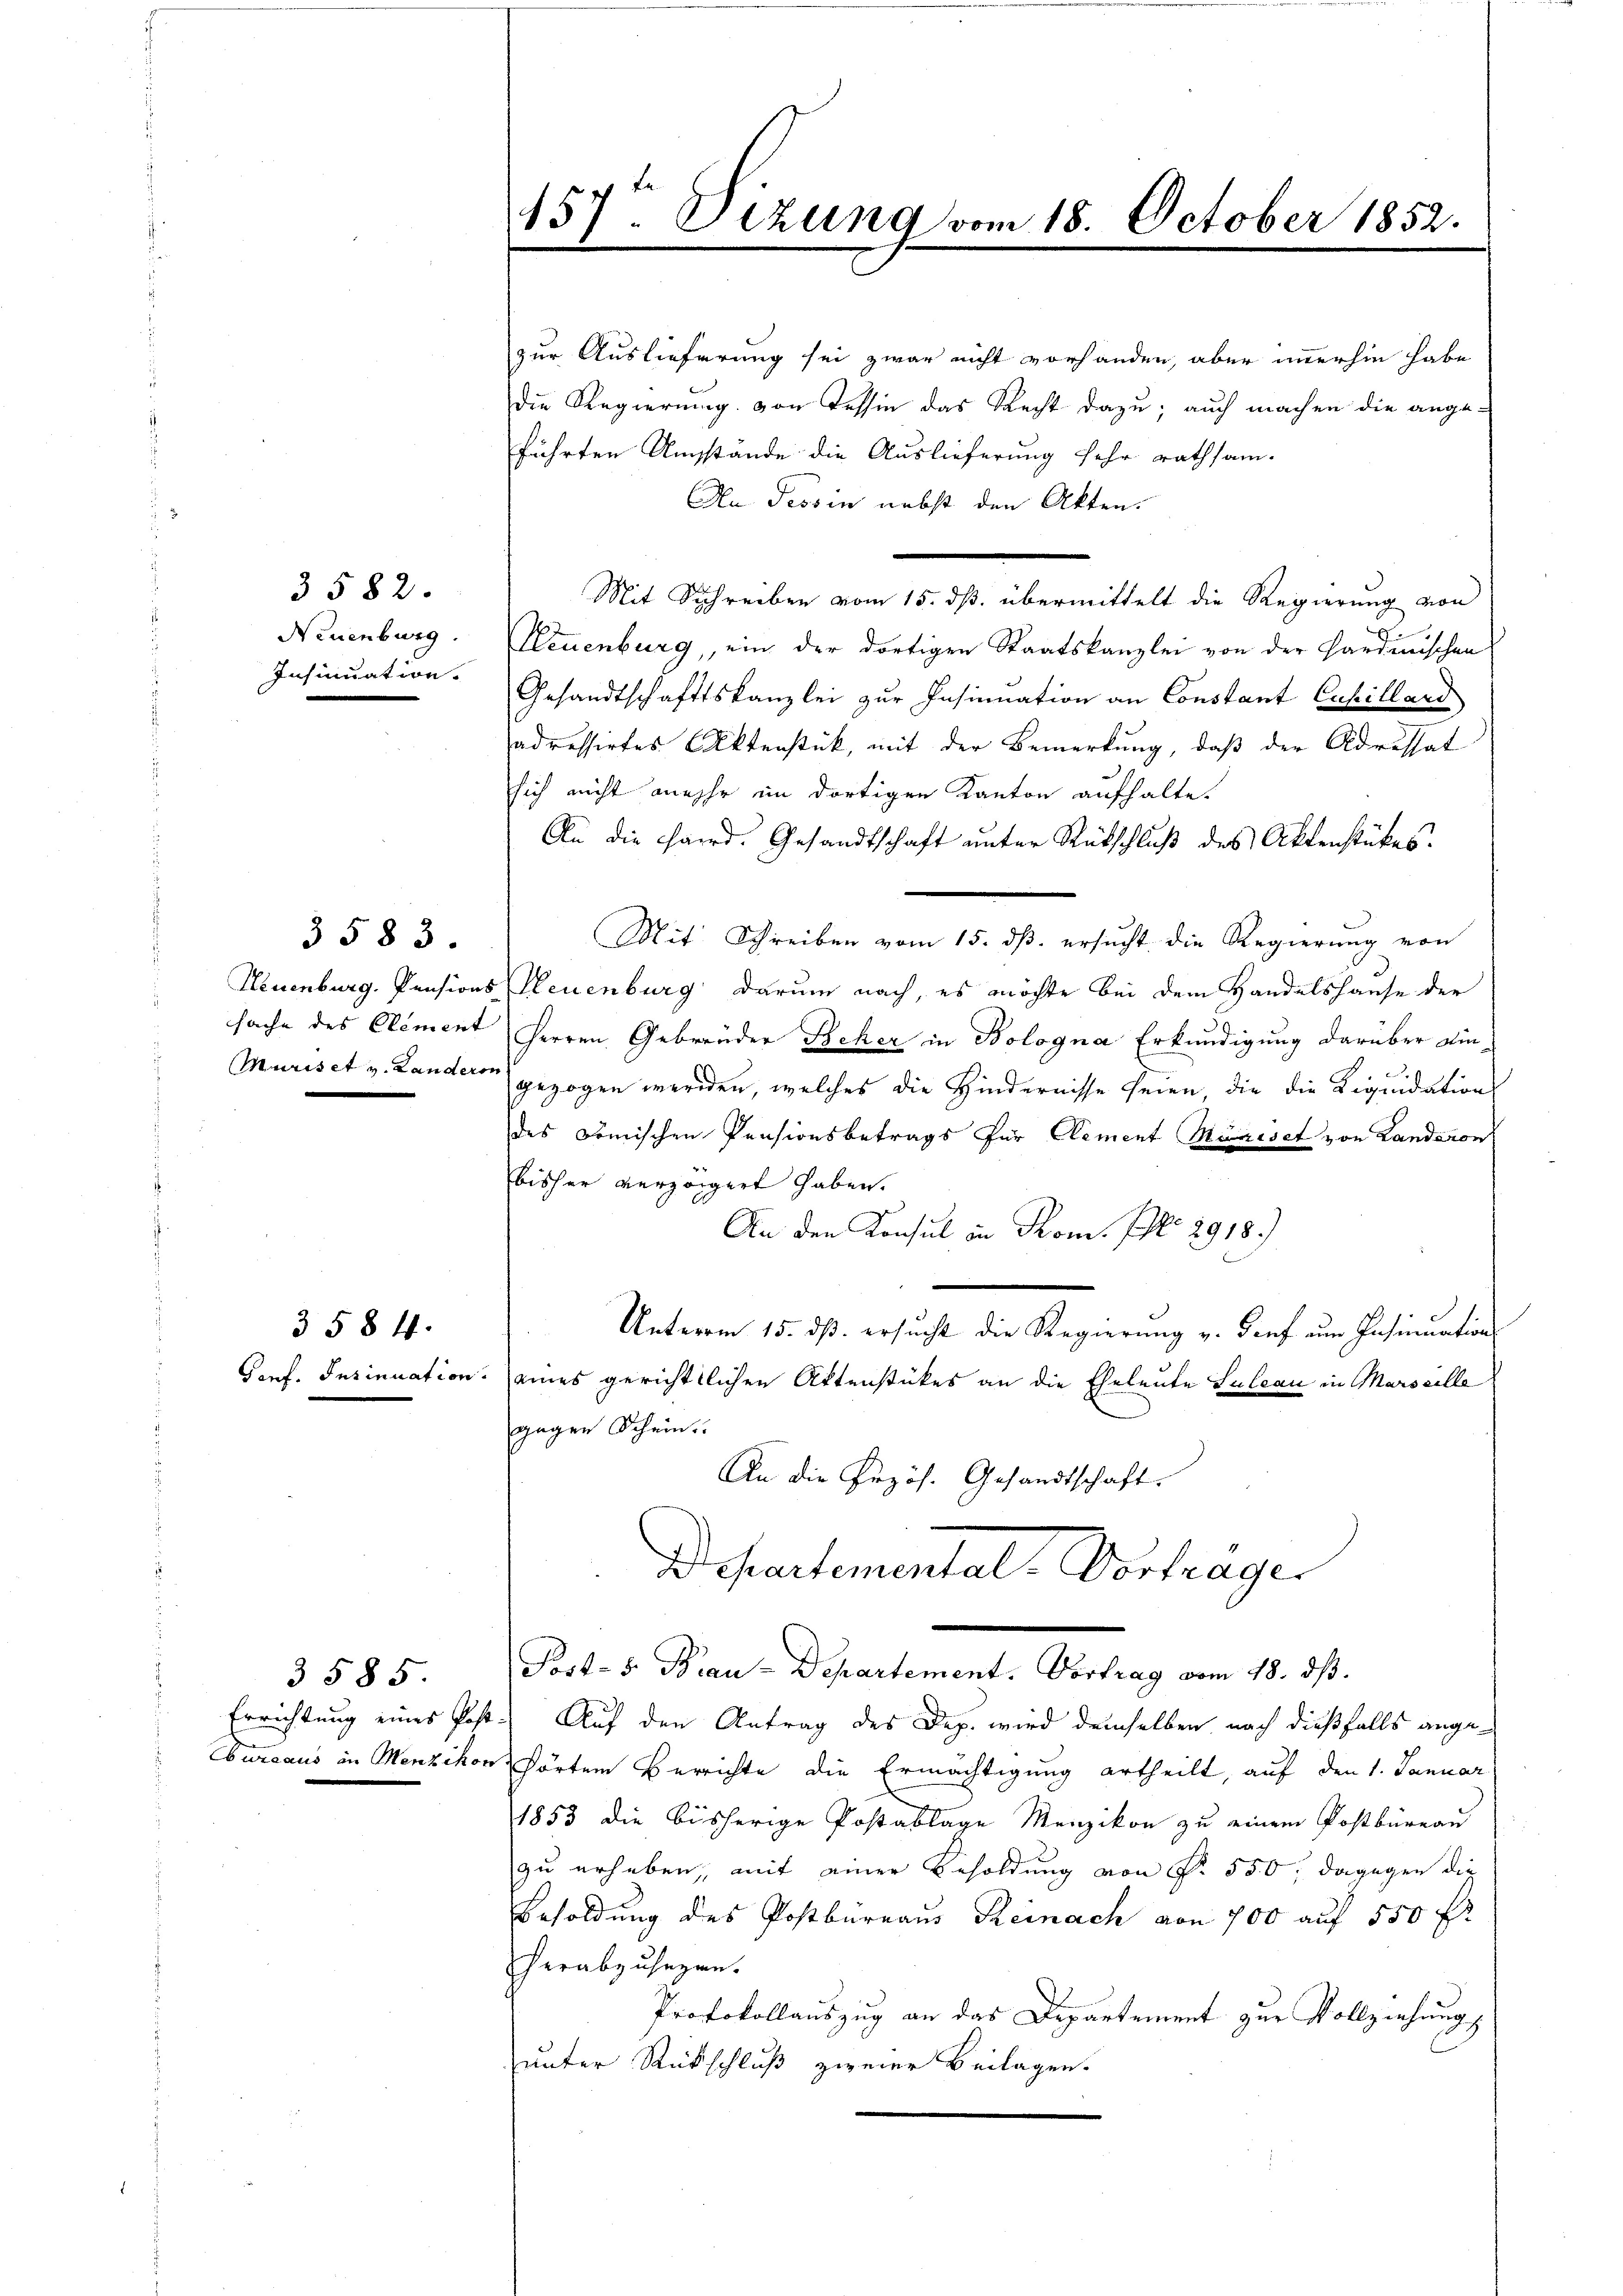
3582.
Neuenburg.
Insinuation.

3583.
Neuenburg. Pensions
sache des Stement
Muriset v. Landeron

Goef. Insinuation.

3 584.

3585
Errichtung eines Pos
Cbureaus in Menzikon

157. Sizung vom 18. October 1852.

zur Auslieferung sei zwar nicht vorhanden, aber immerhin habe
Die Regierung von Tessin das Recht dazu, auch machen die ange-
führten Umstände die Auslieferung sehr rathsam¬
An Tessin nebst den Akten.
Mit Schreiben vom 15. dß. übermittelt die Regierung von
Neuenburg, ein der dortigen Staatskanzlei von der Sardinischen
Gesandtschaftskanzlei zur Insinuation an Constant Cupillard
adressirtes Aktenstück, mit der Bemerkung, daß der Adressat
sich nicht mehr im dortigen Kanton aufhalte.
An die Hand. Gesandtschaft unter Rückschluß des Aktenstückes.
Mit Schreiben vom 15. dß. ersucht die Regierung von
Neuenburg darum nach, es möchte bei dem Handelshause der
Herren Gebrüder Beher in Bologna Erkundigung darüber ain
gezogen werden, welches die Hindernisse seien die die Liquidation
des Domischen Pensionsbetrags für Alement Mariset von Landeron
bisher verzeigert haben.
An den Konsul in Rom. S. 2918.)
Unterm 15. dß. ersucht die Regierung v. Genf zum Insinuation
eines gerichtlichen Aktenstückes an die Eheleute Suleau in Marseille
gegen Schein.
An die Przös. Gesandtschaft.
Departemental-Vortragen
Post- 8. Bau-Departement. Vortrag vom 18. ds.
Auf den Antrag des Dep. wird demselben nach dießfalls angehörtem Berichte die Ermächtigung ertheilt, auf den 1. Januar
1853 die bisherige Postablage Menzikon zu einem Postbüreau
zu erheben, mit einer Besoldung von Fr. 550 dagegen die
Besoldung des Postbureaus Reinach von 700 auf 550 f
herabzuseyen.
Protokollauszug an das Departement zur Vollziehung
unter Rückschluß zweier Beilagen.